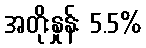
အတိုးနှုန်း 5.5%